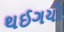
થઈગયો